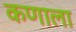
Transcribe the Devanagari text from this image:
कणाला